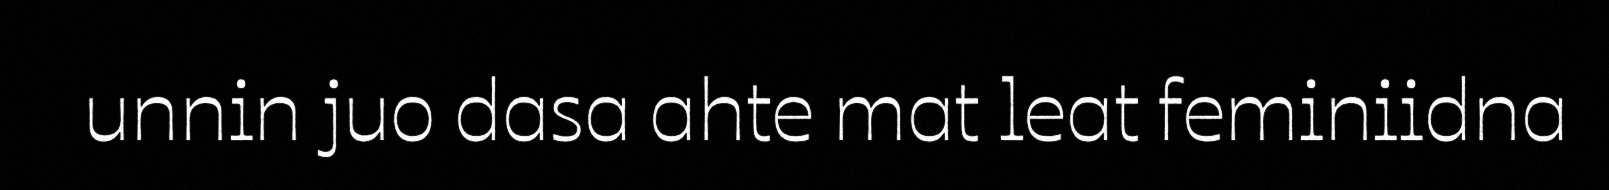
unnin juo dasa ahte mat leat feminiidna